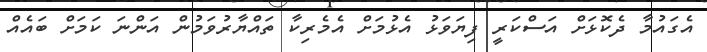
އެގައުމާ ދެކޮޅަށް އަސްކަރީ ފިޔަވަޅު އެޅުމަށް އެމެރިކާ ތައްޔާރުވަމުން އަންނަ ކަމަށް ބައެއް